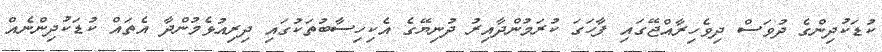
ކުޑަކުދިންގެ ދުވަސް ދިވެހިރާއްޖޭގައި ފާހަގަ ކުރަމުންދާއިރު ދުނިޔޭގެ އެކިހިސާބުތަކުގައި ދިރިއުޅެމުންދާ އެތައް ކުޑަކުދިންނެއް